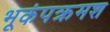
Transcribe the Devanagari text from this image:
भूकंपक्रमश